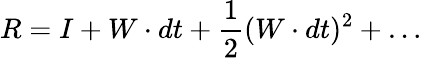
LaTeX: R=I+W\cdot dt+{\frac{1}{2}}(W\cdot dt)^{2}+\ldots